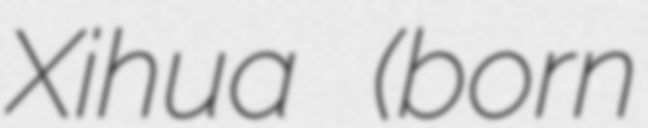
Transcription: Xihua (born